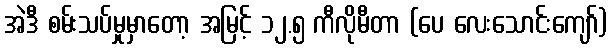
အဲဒီ စမ်းသပ်မှုမှာတော့ အမြင့် ၁၂.၅ ကီလိုမီတာ (ပေ လေးသောင်းကျော်)